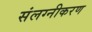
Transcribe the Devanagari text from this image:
संलग्नीकरण